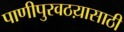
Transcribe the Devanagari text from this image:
पाणीपुरवठय़ासाठी